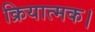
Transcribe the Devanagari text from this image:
क्रियात्मक।